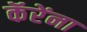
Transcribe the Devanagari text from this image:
कॅरेंना